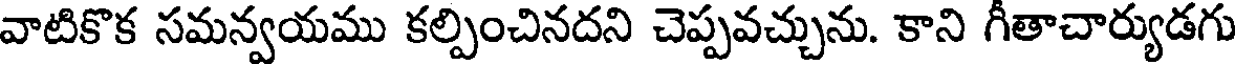
వాటికొక సమన్వయము కల్పించినదని చెప్పవచ్చును. కాని గీతాచార్యుడగు